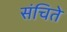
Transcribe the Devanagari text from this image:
संचिते